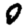
Digit: 0